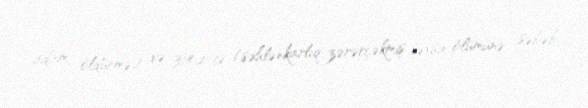
adam öldürmə) və 314.2-ci (səhlənkarlıq-zərərçəkmiş şəxsin ölümünə səbəb